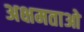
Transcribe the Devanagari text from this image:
अक्षमताओ